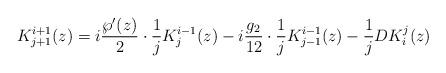
LaTeX: \begin{align*}K_{j+1}^{i+1}(z) = i \frac{\wp'(z)} 2\cdot \frac 1 j K_j^{i-1}(z) - i\frac{g_2}{12}\cdot \frac 1 j K_{j-1}^{i-1}(z) - \frac 1 j DK_i^j(z) \end{align*}